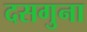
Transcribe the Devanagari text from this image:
दसगुना